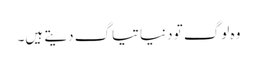
وہ لوگ تو دنیا تیاگ دیتے ہیں۔